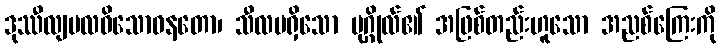
ဒုဿီလျမလဝိသောဓနတော၊ သီလမရှိသော ပုဂ္ဂိုလ်၏ အဖြစ်တည်းဟူသော အညစ်ကြေးကို